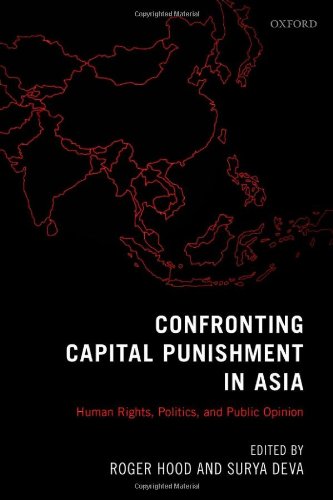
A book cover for Confronting Capital Punishment in Asia: Human Rights, Politics and Public Opinion; Roger Hood; Law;